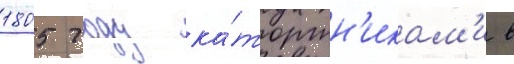
1805 году ка́торжн'икам'и в